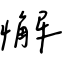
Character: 懈